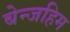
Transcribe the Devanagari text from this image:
बेन्जहिम